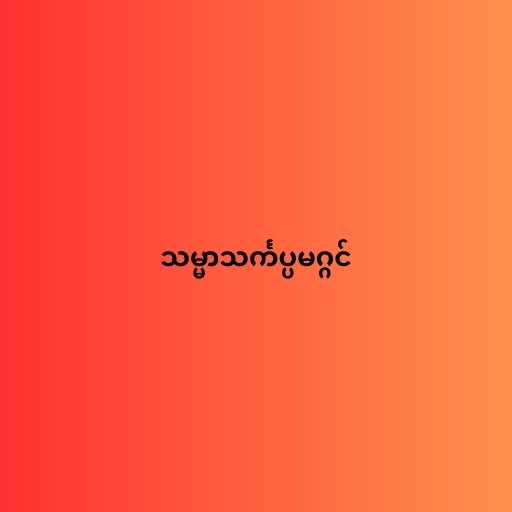
သမ္မာသင်္ကပ္ပမဂ္ဂင်